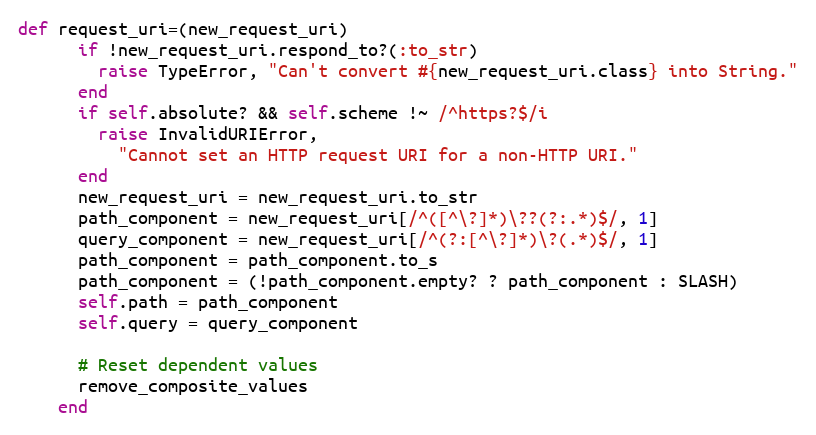
Language: Ruby
def request_uri=(new_request_uri)
      if !new_request_uri.respond_to?(:to_str)
        raise TypeError, "Can't convert #{new_request_uri.class} into String."
      end
      if self.absolute? && self.scheme !~ /^https?$/i
        raise InvalidURIError,
          "Cannot set an HTTP request URI for a non-HTTP URI."
      end
      new_request_uri = new_request_uri.to_str
      path_component = new_request_uri[/^([^\?]*)\??(?:.*)$/, 1]
      query_component = new_request_uri[/^(?:[^\?]*)\?(.*)$/, 1]
      path_component = path_component.to_s
      path_component = (!path_component.empty? ? path_component : SLASH)
      self.path = path_component
      self.query = query_component

      # Reset dependent values
      remove_composite_values
    end